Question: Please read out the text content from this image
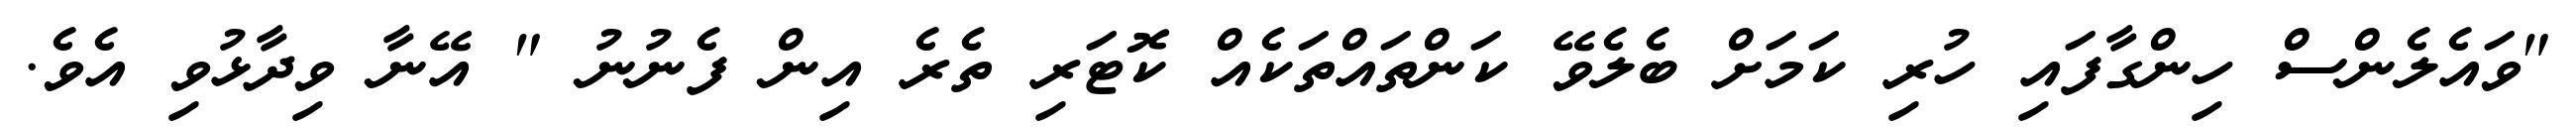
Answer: "ވައެލެންސް ހިންގާފައި ހުރި ކަމަށް ބެލެވޭ ކަންތައްތަކެއް ކޮޓަރި ތެރެ އިން ފެނުނު " އޭނާ ވިދާޅުވި އެވެ.